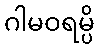
ဂါမဝရမ္ပိ